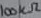
Text: 100KΩ